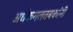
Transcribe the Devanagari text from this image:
अर्धकमलतबकांनी